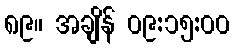
၈၉။ အချိန် ၀၉:၁၅:၀၀